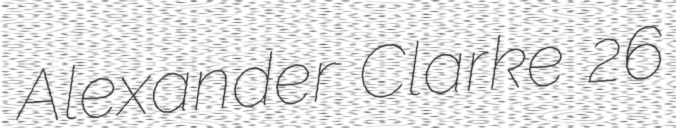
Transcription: Alexander Clarke 26